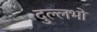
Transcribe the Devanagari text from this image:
दुल्लभो